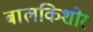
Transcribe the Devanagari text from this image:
बालकिशोर